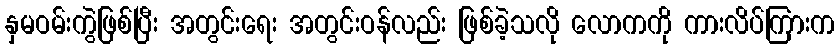
နှမဝမ်းကွဲဖြစ်ပြီး အတွင်းရေး အတွင်းဝန်လည်း ဖြစ်ခဲ့သလို လောကကို ကားလိပ်ကြားက